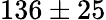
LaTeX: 136\pm 25